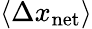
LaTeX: \left\langle\Delta x_{\mathrm{net}}\right\rangle